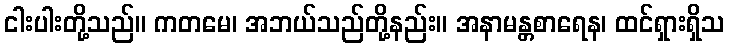
ငါးပါးတို့သည်။ ကတမေ၊ အဘယ်သည်တို့နည်း။ အနာမန္တစာရေန၊ ထင်ရှားရှိသ